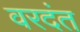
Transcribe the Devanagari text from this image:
वरदंत